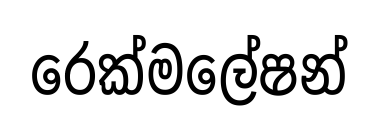
රෙක්මලේෂන්